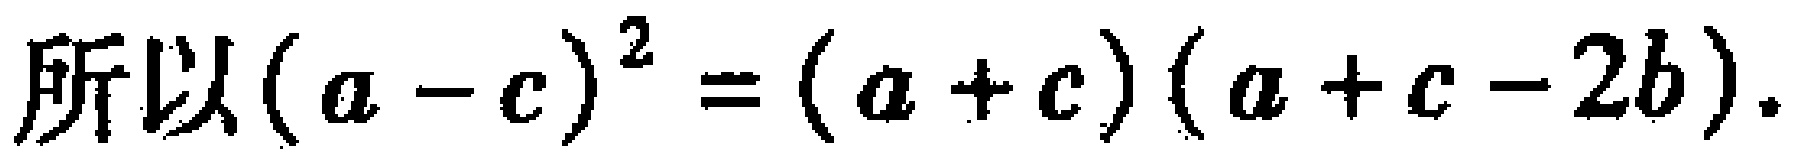
所以\((a - c)^{2} = (a + c)(a + c - 2b)\)。